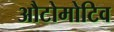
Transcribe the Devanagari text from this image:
औटोमोटिव